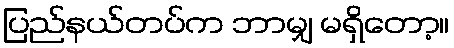
ပြည်နယ်တပ်က ဘာမျှ မရှိတော့။